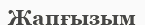
Жапғызым